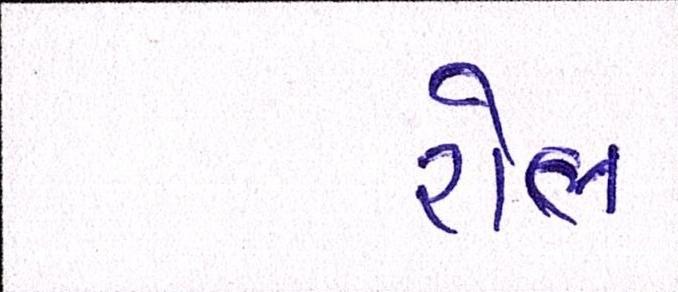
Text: રોલ